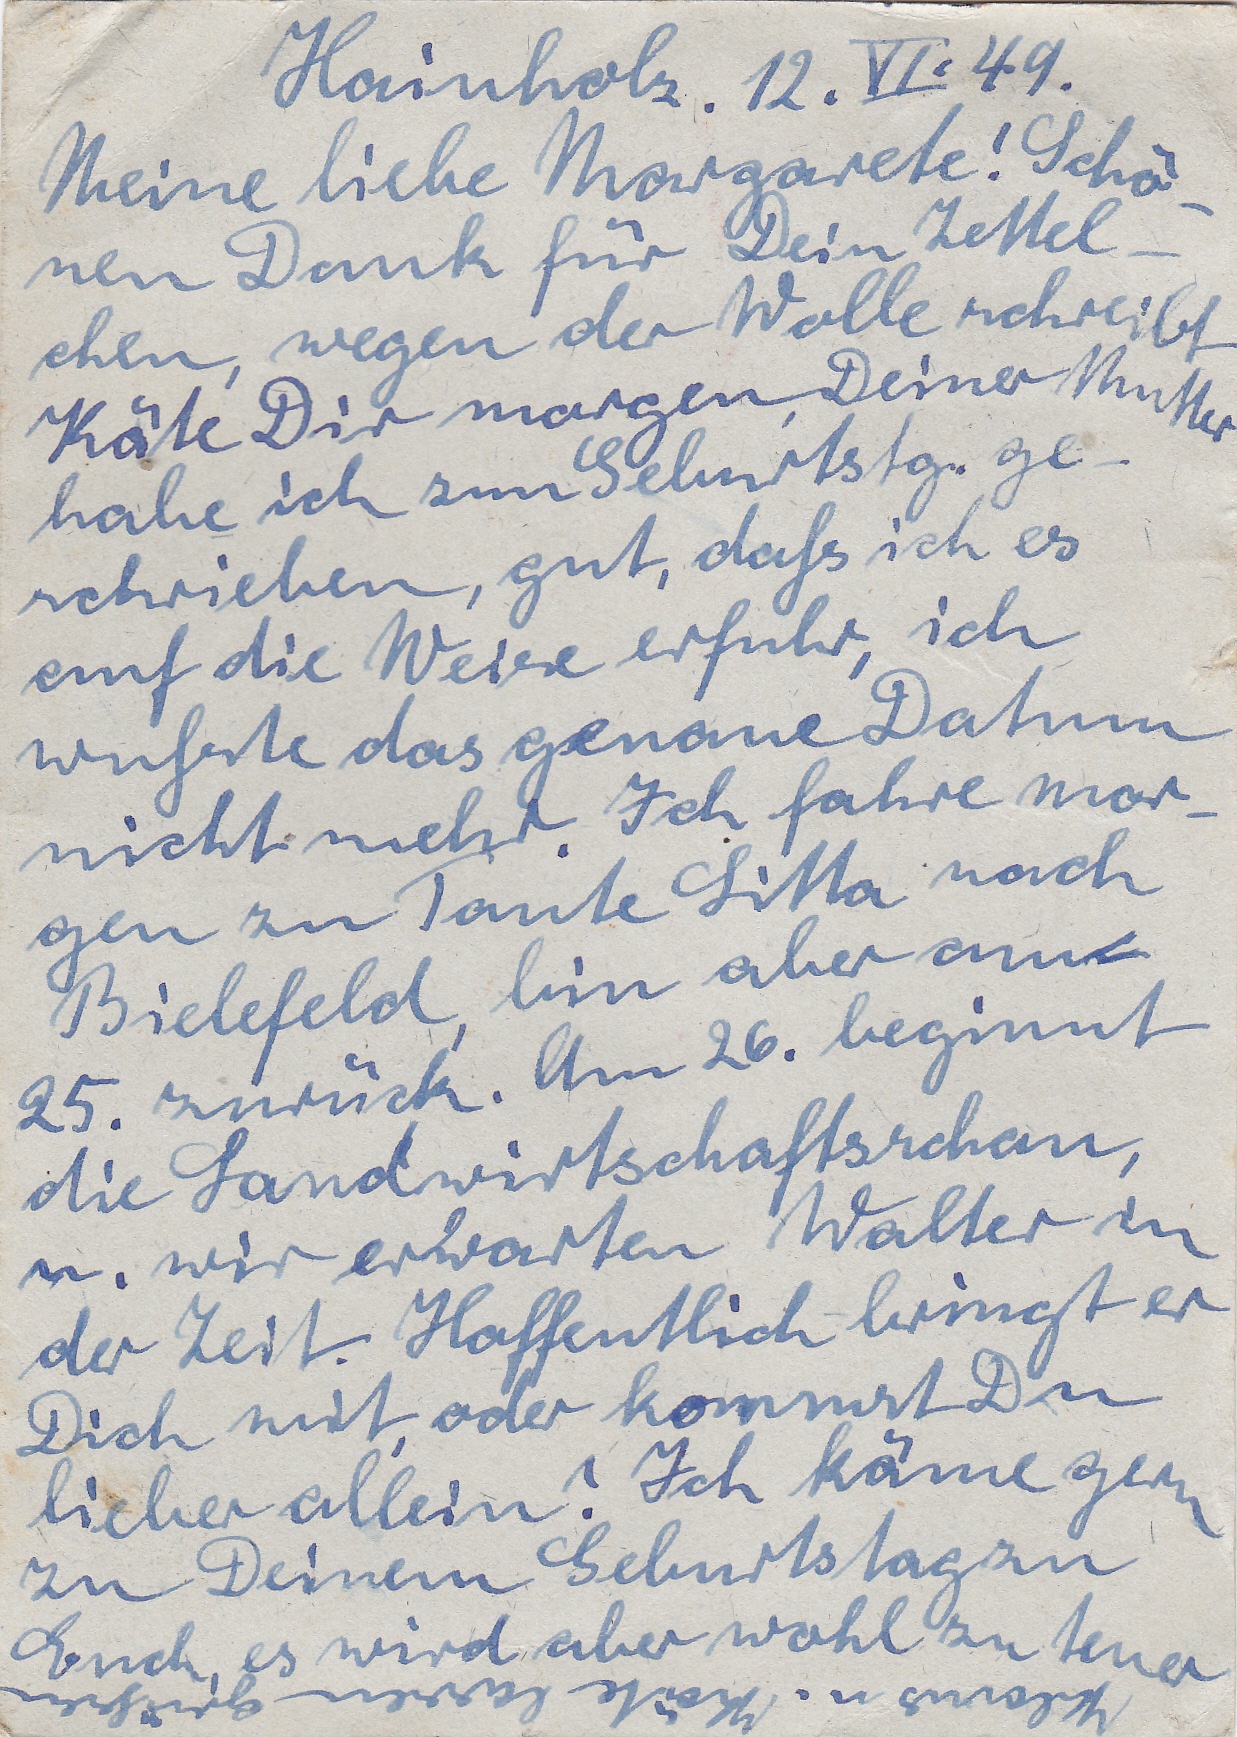
Hainholz. 12. VI 49
Meine liebe Margarete! Schö
nen Dank für Dein Zettel
chen, wegen der Wolle schreibt
Käte Dir morgen Deiner Mutter
habe ich zum Geburtstg ge
schrieben, gut, daß ich es
auf die Weise erfuhr, ich
wußte das genaue Datum
nicht mehr. Ich fahre mor
gen zur Tante Litta nach
Bielefeld, bin aber am
25. zurück. Am 26. beginnt
die Landwirtschaftsschau
u. wir erwarten Walter zu
der Zeit. Hoffentlich bringt er
Dich mit, oder kommst Du
lieber allein? Ich käme gern
zu Deinem Geburtstag zu
es wird aber wohl zu teuer
Euch